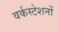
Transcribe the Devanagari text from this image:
वर्कस्टेशनों